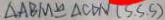
\Delta A B M \cong \Delta C D N ( S . S . S )